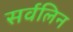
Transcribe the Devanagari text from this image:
सर्वलिन